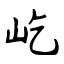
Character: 屹